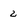
Character: 2